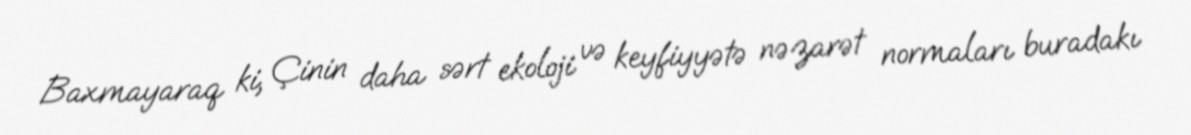
Baxmayaraq ki, Çinin daha sərt ekoloji və keyfiyyətə nəzarət normaları buradakı